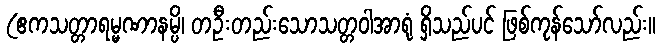
(ဧကသတ္တာရမ္မဏာနမ္ပိ၊ တဦးတည်းသောသတ္တဝါအာရုံ ရှိသည်ပင် ဖြစ်ကုန်သော်လည်း။